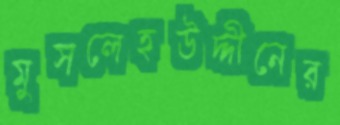
মুসলেহউদ্দীনের